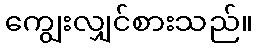
ကျွေးလျှင်စားသည်။